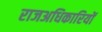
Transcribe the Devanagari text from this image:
राजअधिकारियों